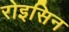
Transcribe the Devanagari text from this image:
रोइसिन